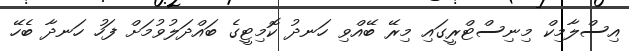
އިސްލާމިކް މިނިސްޓްރީގައި މިރޭ ބޭއްވި ހަނދު ކޮމިޓީގެ ބައްދަލުވުމަށް ފަހު ހަނދާ ބެހޭ